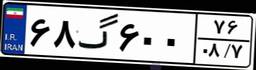
۶۸گ۶۰۰۷۶